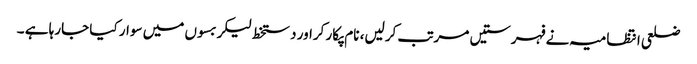
ضلعی انتظامیہ نے فہرستیں مرتب کرلیں، نام پکار کراور دستخط لیکر بسوں میں سوار کیا جارہا ہے ۔